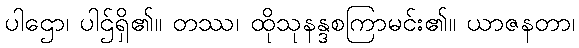
ပါဌော၊ ပါဌ်ရှိ၏။ တဿ၊ ထိုသုနန္ဒစကြာမင်း၏။ ယာဇနတာ၊